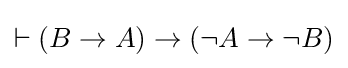
\vdash (B\to A)\to (\lnot A\to \lnot B)